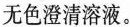
无色澄清溶液。